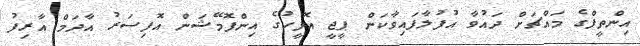
އިންތީފްގެ މައްޗަށް ދައުވާ އުފުލާފައިވާކަން ޕީޖީ އޮފީހުގެ އިންފޮމޭޝަން އޮފިސަރު އާދަމް އާރިފު